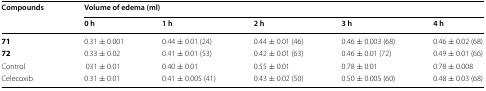
| <ROWSPAN=2> Compounds | <COLSPAN=5> Volume of edema (ml) |
 | 0 h | 1 h | 2 h | 3 h | 4 h |
 | --- | --- | --- | --- | --- | --- |
 | 71 | 0.31 ± 0.001 | 0.44 ± 0.01 (24) | 0.44 ± 0.01 (46) | 0.46 ± 0.003 (68) | 0.46 ± 0.02 (68) |
 | 72 | 0.33 ± 0.02 | 0.41 ± 0.01 (53) | 0.42 ± 0.01 (63) | 0.46 ± 0.01 (72) | 0.49 ± 0.01 (66) |
 | Control | 031 ± 0.01 | 0.40 ± 0.01 | 0.55 ± 0.01 | 0.78 ± 0.01 | 0.78 ± 0.008 |
 | Celecoxib | 0.31 ± 0.01 | 0.41 ± 0.005 (41) | 0.43 ± 0.02 (50) | 0.50 ± 0.005 (60) | 0.48 ± 0.03 (68) |